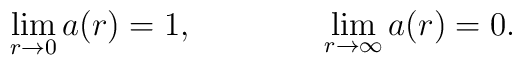
\lim_{r \rightarrow 0} a(r)=1, \qquad \qquad \lim_{r \rightarrow \infty} a(r) =0.